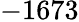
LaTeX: -1673